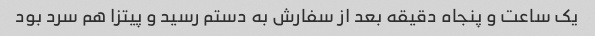
یک ساعت و پنجاه دقیقه بعد از سفارش به دستم رسید و پیتزا هم سرد بود